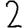
Digit: 2